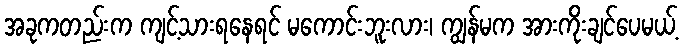
အခုကတည်းက ကျင့်သားရနေရင် မကောင်းဘူးလား၊ ကျွန်မက အားကိုးချင်ပေမယ့်